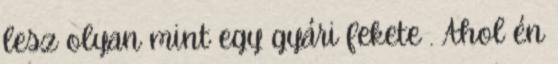
lesz olyan mint egy gyári fekete . Ahol én